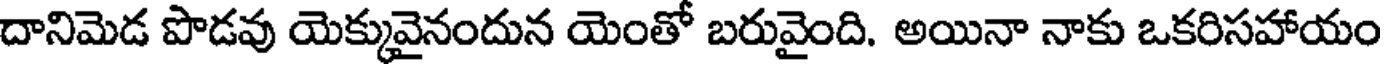
దానిమెడ పొడవు యెక్కువైనందున యెంతో బరువైంది. అయినా నాకు ఒకరిసహాయం